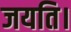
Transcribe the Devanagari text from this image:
जयति।